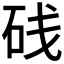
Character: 𥒎